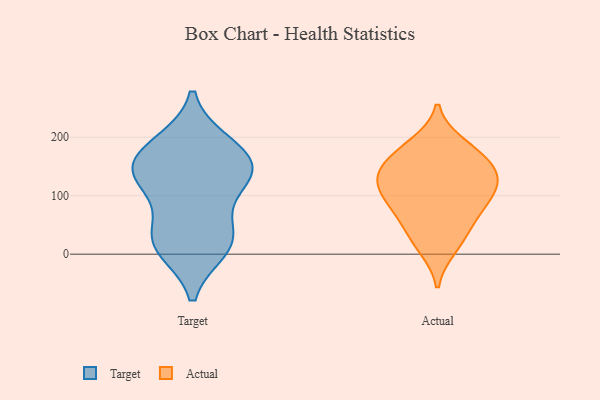
{"axis": {"x": "Energy Usage (MWh)", "y": "Value"}, "legend": ["Actual", "Target"], "data": [{"x": "", "y": 10, "type": "Target"}, {"x": "", "y": 38, "type": "Target"}, {"x": "", "y": 15, "type": "Target"}, {"x": "", "y": 131, "type": "Target"}, {"x": "", "y": 189, "type": "Target"}, {"x": "", "y": 158, "type": "Target"}, {"x": "", "y": 140, "type": "Target"}, {"x": "", "y": 142, "type": "Target"}, {"x": "", "y": 182, "type": "Target"}, {"x": "", "y": 32, "type": "Target"}, {"x": "", "y": 116, "type": "Target"}, {"x": "", "y": 127, "type": "Actual"}, {"x": "", "y": 170, "type": "Actual"}, {"x": "", "y": 89, "type": "Actual"}, {"x": "", "y": 30, "type": "Actual"}, {"x": "", "y": 12, "type": "Actual"}, {"x": "", "y": 131, "type": "Actual"}, {"x": "", "y": 170, "type": "Actual"}, {"x": "", "y": 60, "type": "Actual"}, {"x": "", "y": 127, "type": "Actual"}, {"x": "", "y": 187, "type": "Actual"}, {"x": "", "y": 104, "type": "Actual"}, {"x": "", "y": 78, "type": "Actual"}, {"x": "", "y": 139, "type": "Actual"}]}